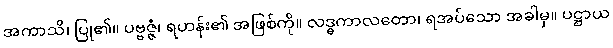
အကာသိ၊ ပြု၏။ ပဗ္ဗဇ္ဇံ၊ ရဟန်း၏ အဖြစ်ကို။ လဒ္ဓကာလတော၊ ရအပ်သော အခါမှ။ ပဋ္ဌာယ